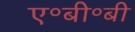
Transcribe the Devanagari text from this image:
ए॰बी॰बी